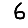
Digit: 6